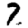
Digit: 7